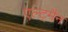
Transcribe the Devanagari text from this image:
एल्ट्मैन